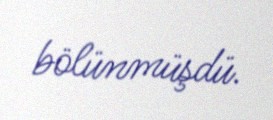
bölünmüşdü.